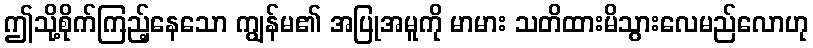
ဤသို့စိုက်ကြည့်နေသော ကျွန်မ၏ အပြုအမူကို မာမား သတိထားမိသွားလေမည်လောဟု